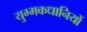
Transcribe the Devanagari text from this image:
युग्मकधानियों